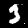
Digit: 3